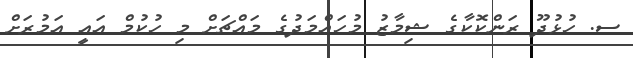
ސ. ހުޅުދޫ ރަންކޮކާގެ ޝިމާޒު މުހައްމަދުގެ މައްޗަށް މި ހުކުމް އައީ އަމުރަށް